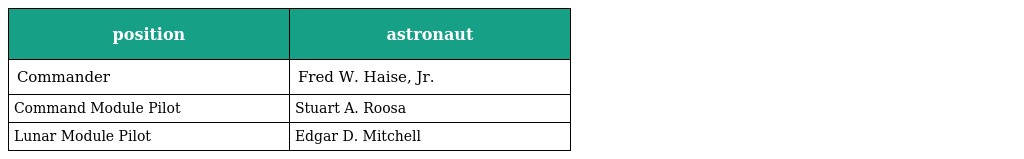
| position | astronaut |
 | --- | --- |
 | Commander | Fred W. Haise, Jr. |
 | Command Module Pilot | Stuart A. Roosa |
 | Lunar Module Pilot | Edgar D. Mitchell |